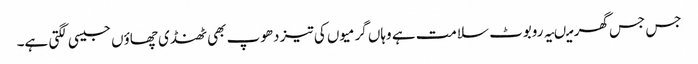
جس جس گھر میںیہ روبوٹ سلامت ہے وہاں گرمیوں کی تیز دھوپ بھی ٹھنڈی چھاؤں جیسی لگتی ہے۔